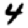
Digit: 4